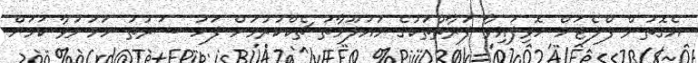
އެގޮތުން ފްލެޓަށް ހޮވިފައިވާ ފަރާތްތަކުގެ މައުލޫމާތު ޗެކްކުރުމަށް ފަހު ޝަރުތު ހަމަނުވާ ކަމަށް